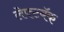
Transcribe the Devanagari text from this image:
लेफ्टबॅक